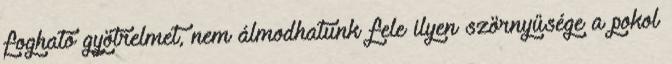
fogható gyötrelmet, nem álmodhatunk fele ilyen szörnyűsége a pokol